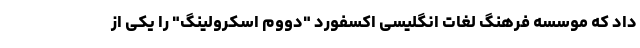
داد که موسسه فرهنگ لغات انگلیسی اکسفورد "دووم اسکرولینگ" را یکی از